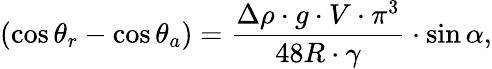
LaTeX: (\cos\theta_{r}-\cos\theta_{a})=\frac{\Delta\rho\cdot g\cdot V\cdot{\pi^{3}}}{48R\cdot\gamma}\cdot\sin\alpha,